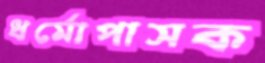
ধর্মোপাসক